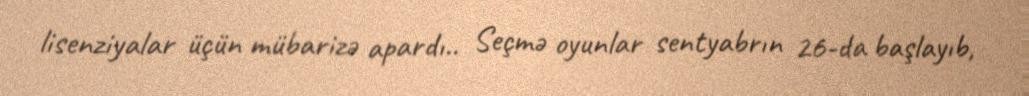
lisenziyalar üçün mübarizə apardı.. Seçmə oyunlar sentyabrın 26-da başlayıb,